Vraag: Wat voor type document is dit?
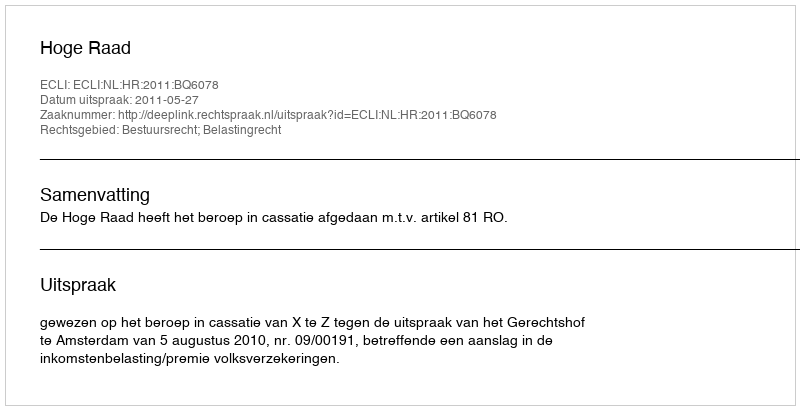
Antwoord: Uitspraak